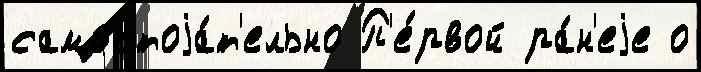
самостоjа́т'ельно П'е́рвой ра́н'еjе о